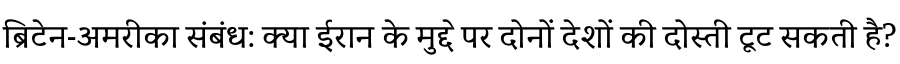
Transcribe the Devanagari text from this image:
ब्रिटेन-अमरीका संबंध: क्या ईरान के मुद्दे पर दोनों देशों की दोस्ती टूट सकती है?